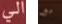
الى مع